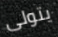
يتولى